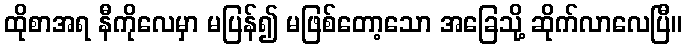
ထိုစာအရ နီကိုလေမှာ မပြန်၍ မဖြစ်တော့သော အခြေသို့ ဆိုက်လာလေပြီ။